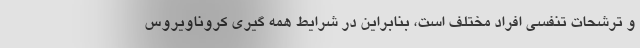
و ترشحات تنفسی افراد مختلف است، بنابراین در شرایط همه گیری کروناویروس